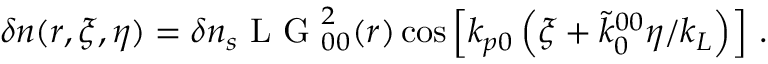
\begin{array} { r } { \delta n ( r , \xi , \eta ) = \delta n _ { s } \mathrm { ~ L ~ G ~ } _ { 0 0 } ^ { 2 } ( r ) \cos \left[ k _ { p 0 } \left( \xi + \tilde { k } _ { 0 } ^ { 0 0 } \eta / k _ { L } \right) \right] \, . } \end{array}